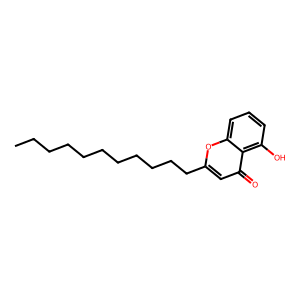
SMILES: CCCCCCCCCCCc1cc(=O)c2c(O)cccc2o1
Inhibits HIV replication: No